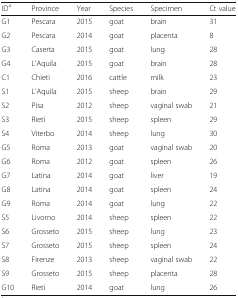
| IDa | Province | Year | Species | Specimen | Ct value |
 | --- | --- | --- | --- | --- | --- |
 | G1 | Pescara | 2015 | goat | brain | 31 |
 | G2 | Pescara | 2014 | goat | placenta | 8 |
 | G3 | Caserta | 2015 | goat | lung | 28 |
 | G4 | L’Aquila | 2015 | goat | brain | 28 |
 | C1 | Chieti | 2016 | cattle | milk | 23 |
 | S1 | L’Aquila | 2015 | sheep | brain | 29 |
 | S2 | Pisa | 2012 | sheep | vaginal swab | 21 |
 | S3 | Rieti | 2015 | sheep | spleen | 29 |
 | S4 | Viterbo | 2014 | sheep | lung | 30 |
 | G5 | Roma | 2013 | goat | vaginal swab | 20 |
 | G6 | Roma | 2012 | goat | spleen | 26 |
 | G7 | Latina | 2014 | goat | liver | 19 |
 | G8 | Latina | 2014 | goat | spleen | 24 |
 | G9 | Roma | 2014 | goat | lung | 22 |
 | S5 | Livorno | 2014 | sheep | spleen | 22 |
 | S6 | Grosseto | 2015 | sheep | lung | 23 |
 | S7 | Grosseto | 2015 | sheep | spleen | 24 |
 | S8 | Firenze | 2013 | sheep | vaginal swab | 22 |
 | S9 | Grosseto | 2015 | sheep | placenta | 28 |
 | G10 | Rieti | 2014 | goat | lung | 26 |